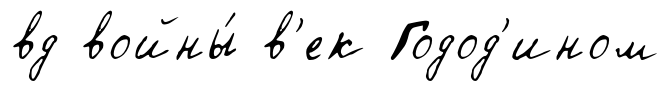
вд войны́ в'ек Годод'ином